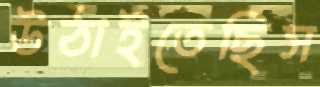
উঠাইতেছিস